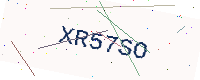
Text: XR57SO